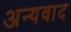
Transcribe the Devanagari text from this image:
अन्यवाद